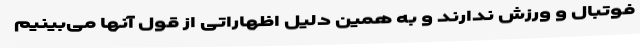
فوتبال و ورزش ندارند و به همین دلیل اظهاراتی از قول آنها می‌بینیم